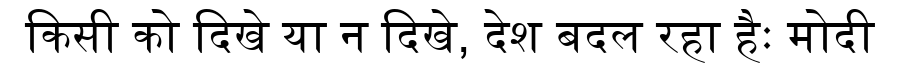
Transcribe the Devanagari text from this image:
किसी को दिखे या न दिखे, देश बदल रहा हैः मोदी